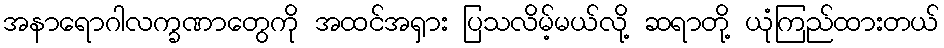
အနာရောဂါလက္ခဏာတွေကို အထင်အရှား ပြသလိမ့်မယ်လို့ ဆရာတို့ ယုံကြည်ထားတယ်